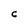
Character: c